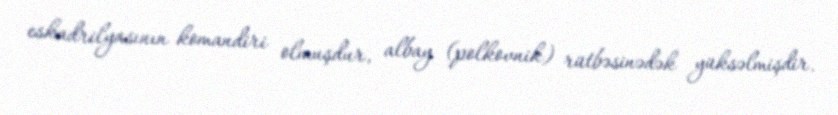
eskadrilyasının komandiri olmuşdur, albay (polkovnik) rütbəsinədək yüksəlmişdir.